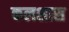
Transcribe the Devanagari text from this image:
कलशास